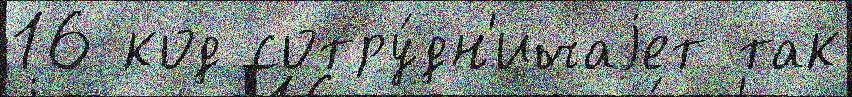
16 код сотру́дн'ичаjет так